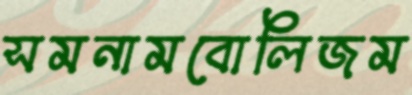
সমনামবোলিজম